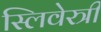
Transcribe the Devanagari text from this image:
स्लिवेस्त्री